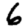
Digit: 6